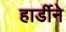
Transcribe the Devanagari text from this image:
हार्डीने